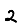
Digit: 2